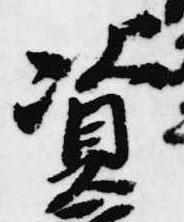
資